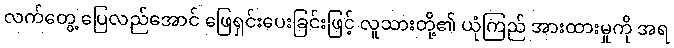
လက်တွေ့ ပြေလည်အောင် ဖြေရှင်းပေးခြင်းဖြင့် လူသားတို့၏ ယုံကြည် အားထားမှုကို အရ